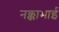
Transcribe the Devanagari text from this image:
नक्काभाई